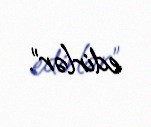
edirlər”.